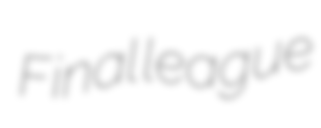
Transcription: Final league